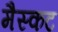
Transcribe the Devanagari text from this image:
मैस्कट